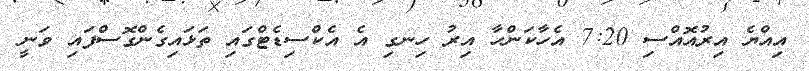
އިއްޔެ އިރުއޮއްސި 7:20 އެހާކަންހާ އިރު ހިނގި އެ އެކްސިޑެޓްގައި ތަޅައިގެންގޮސްފައި ވަނީ